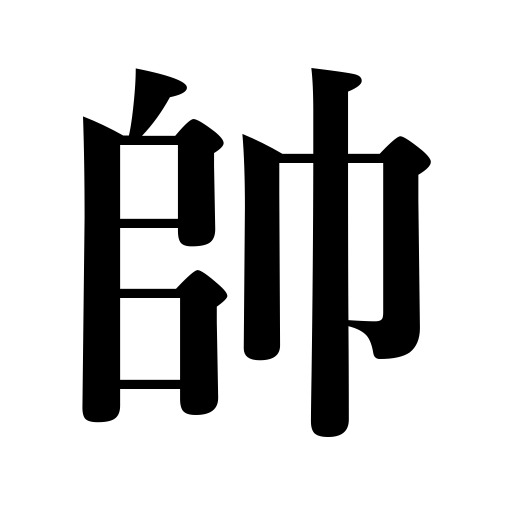
Meanings: leading troops